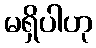
မရှိပါဟု